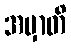
အမှာတိ